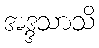
အဒ္ဒသာသိ